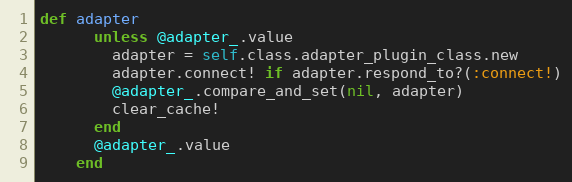
Language: Ruby
def adapter
      unless @adapter_.value
        adapter = self.class.adapter_plugin_class.new
        adapter.connect! if adapter.respond_to?(:connect!)
        @adapter_.compare_and_set(nil, adapter)
        clear_cache!
      end
      @adapter_.value
    end